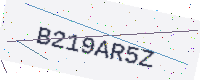
Text: B219AR5Z